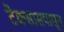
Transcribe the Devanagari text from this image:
टेक्सासपासून